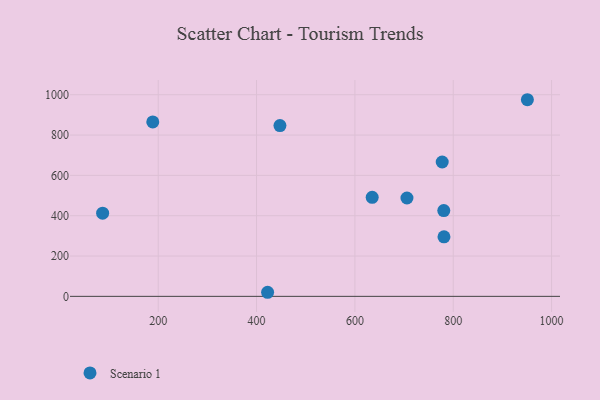
{"axis": {"x": "Distance", "y": "Demand"}, "legend": ["Scenario 1"], "data": [{"x": "87.0", "y": 412.5, "type": "Scenario 1"}, {"x": "635.2", "y": 490.9, "type": "Scenario 1"}, {"x": "780.8", "y": 425.5, "type": "Scenario 1"}, {"x": "705.9", "y": 487.8, "type": "Scenario 1"}, {"x": "447.6", "y": 847.0, "type": "Scenario 1"}, {"x": "189.0", "y": 865.2, "type": "Scenario 1"}, {"x": "777.6", "y": 666.4, "type": "Scenario 1"}, {"x": "422.5", "y": 20.2, "type": "Scenario 1"}, {"x": "950.8", "y": 975.2, "type": "Scenario 1"}, {"x": "781.2", "y": 295.4, "type": "Scenario 1"}]}